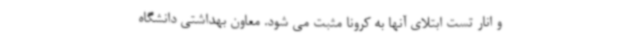
و انار تست ابتلای آنها به کرونا مثبت می شود. معاون بهداشتی دانشگاه